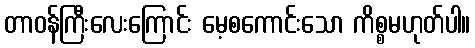
တာဝန်ကြီးလေးကြောင်း မေ့စကောင်းသော ကိစ္စမဟုတ်ပါ။